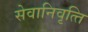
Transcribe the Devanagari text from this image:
सेवानिवृत्‍ति